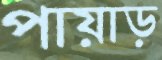
পায়াড়